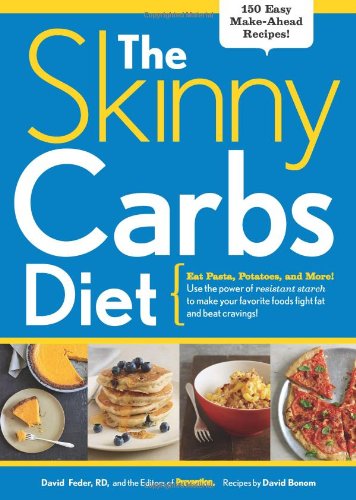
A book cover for The Skinny Carbs Diet: Eat Pasta, Potatoes, and More! Use the power of resistant starch to make your favorite foods fight fat and beat cravings; David Feder; Cookbooks, Food & Wine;